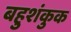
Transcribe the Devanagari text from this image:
बहुशंकुक